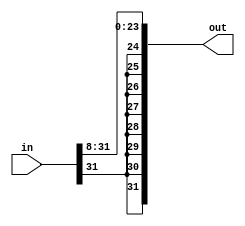
module sra8(out, in);
    input [31:0] in;
    output [31:0] out;
    
    assign out[31] = in[31];
    assign out[30] = in[31];
    assign out[29] = in[31];
    assign out[28] = in[31];
    assign out[27] = in[31];
    assign out[26] = in[31];
    assign out[25] = in[31];
    assign out[24] = in[31];
    assign out[23:0] = in[31:8];

endmodule